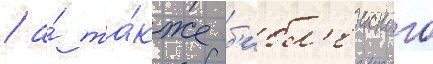
/ а́ та́кже б'ибл'еиского